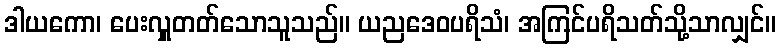
ဒါယကော၊ ပေးလှူတတ်သောသူသည်။ ယညဒေဝပရိသံ၊ အကြင်ပရိသတ်သို့သာလျှင်။